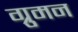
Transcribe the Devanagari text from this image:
ग्रुमन